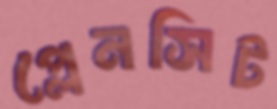
প্লেনসিট